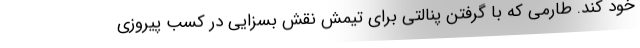
خود کند. طارمی که با گرفتن پنالتی برای تیمش نقش بسزایی در کسب پیروزی